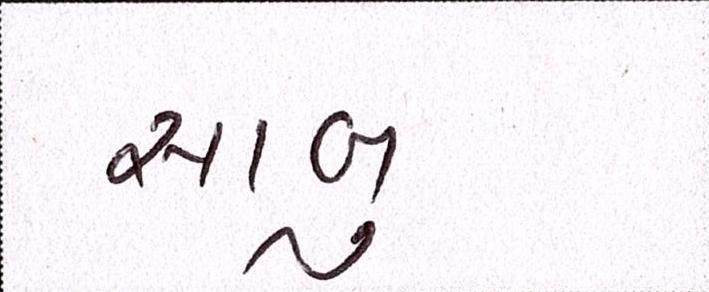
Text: સાબુ